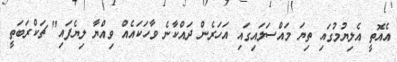
އެއޮތީ އެލިޔުމުގައި ތިޔަ މައްސަލައިގައި އަހަރެން ދައްކާނެ ވާހަކައެއް ވިއްޔާ ލިޔެފައި" ޗަކްރަބަތީ